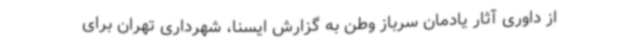
از داوری آثار یادمان سرباز وطن به گزارش ایسنا، شهرداری تهران برای